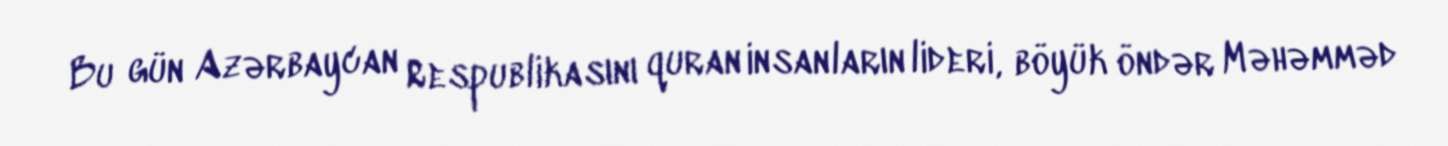
Bu gün Azərbaycan Respublikasını quran insanların lideri, böyük öndər Məhəmməd